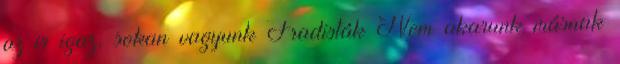
az is igaz, sokan vagyunk Fradisták Nem akarunk másnak